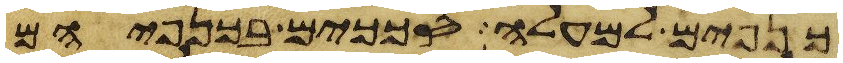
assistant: כנפים למעלה סככים בכנפיהם